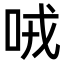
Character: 𠲦